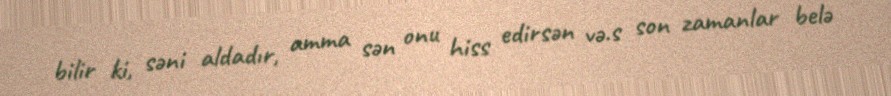
bilir ki, səni aldadır, amma sən onu hiss edirsən və.s son zamanlar belə